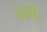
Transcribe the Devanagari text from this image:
कॉमंट्री